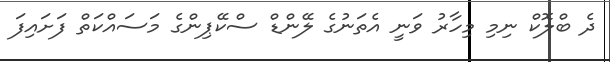
ދެ ބްލޮކް ނިމި މިހާރު ވަނީ އެތަނުގެ ލޭންޑް ސްކޭޕިންގެ މަސައްކަތް ފަށައިފަ